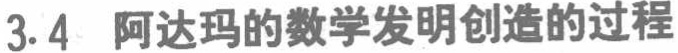
3.4 阿达玛的数学发明创造的过程